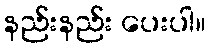
နည်းနည်း ပေးပါ။